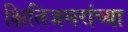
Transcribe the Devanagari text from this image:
क्षितिजसरांच्या